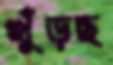
খুঁড়ছ